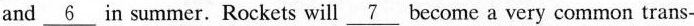
and \underline{6} in summer. Rockets will \underline{7} become a very common trans-